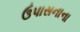
ઉપાસનાના